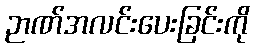
ဉာဏ်အလင်းပေးခြင်းကို